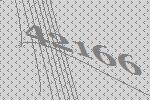
42166